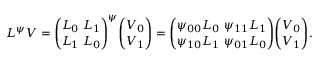
L ^ { \psi } V = { \binom { L _ { 0 } \ L _ { 1 } } { L _ { 1 } \ L _ { 0 } } } ^ { \psi } { \binom { V _ { 0 } } { V _ { 1 } } } = { \binom { \psi _ { 0 0 } L _ { 0 } \ \psi _ { 1 1 } L _ { 1 } } { \psi _ { 1 0 } L _ { 1 } \ \psi _ { 0 1 } L _ { 0 } } } { \binom { V _ { 0 } } { V _ { 1 } } } .